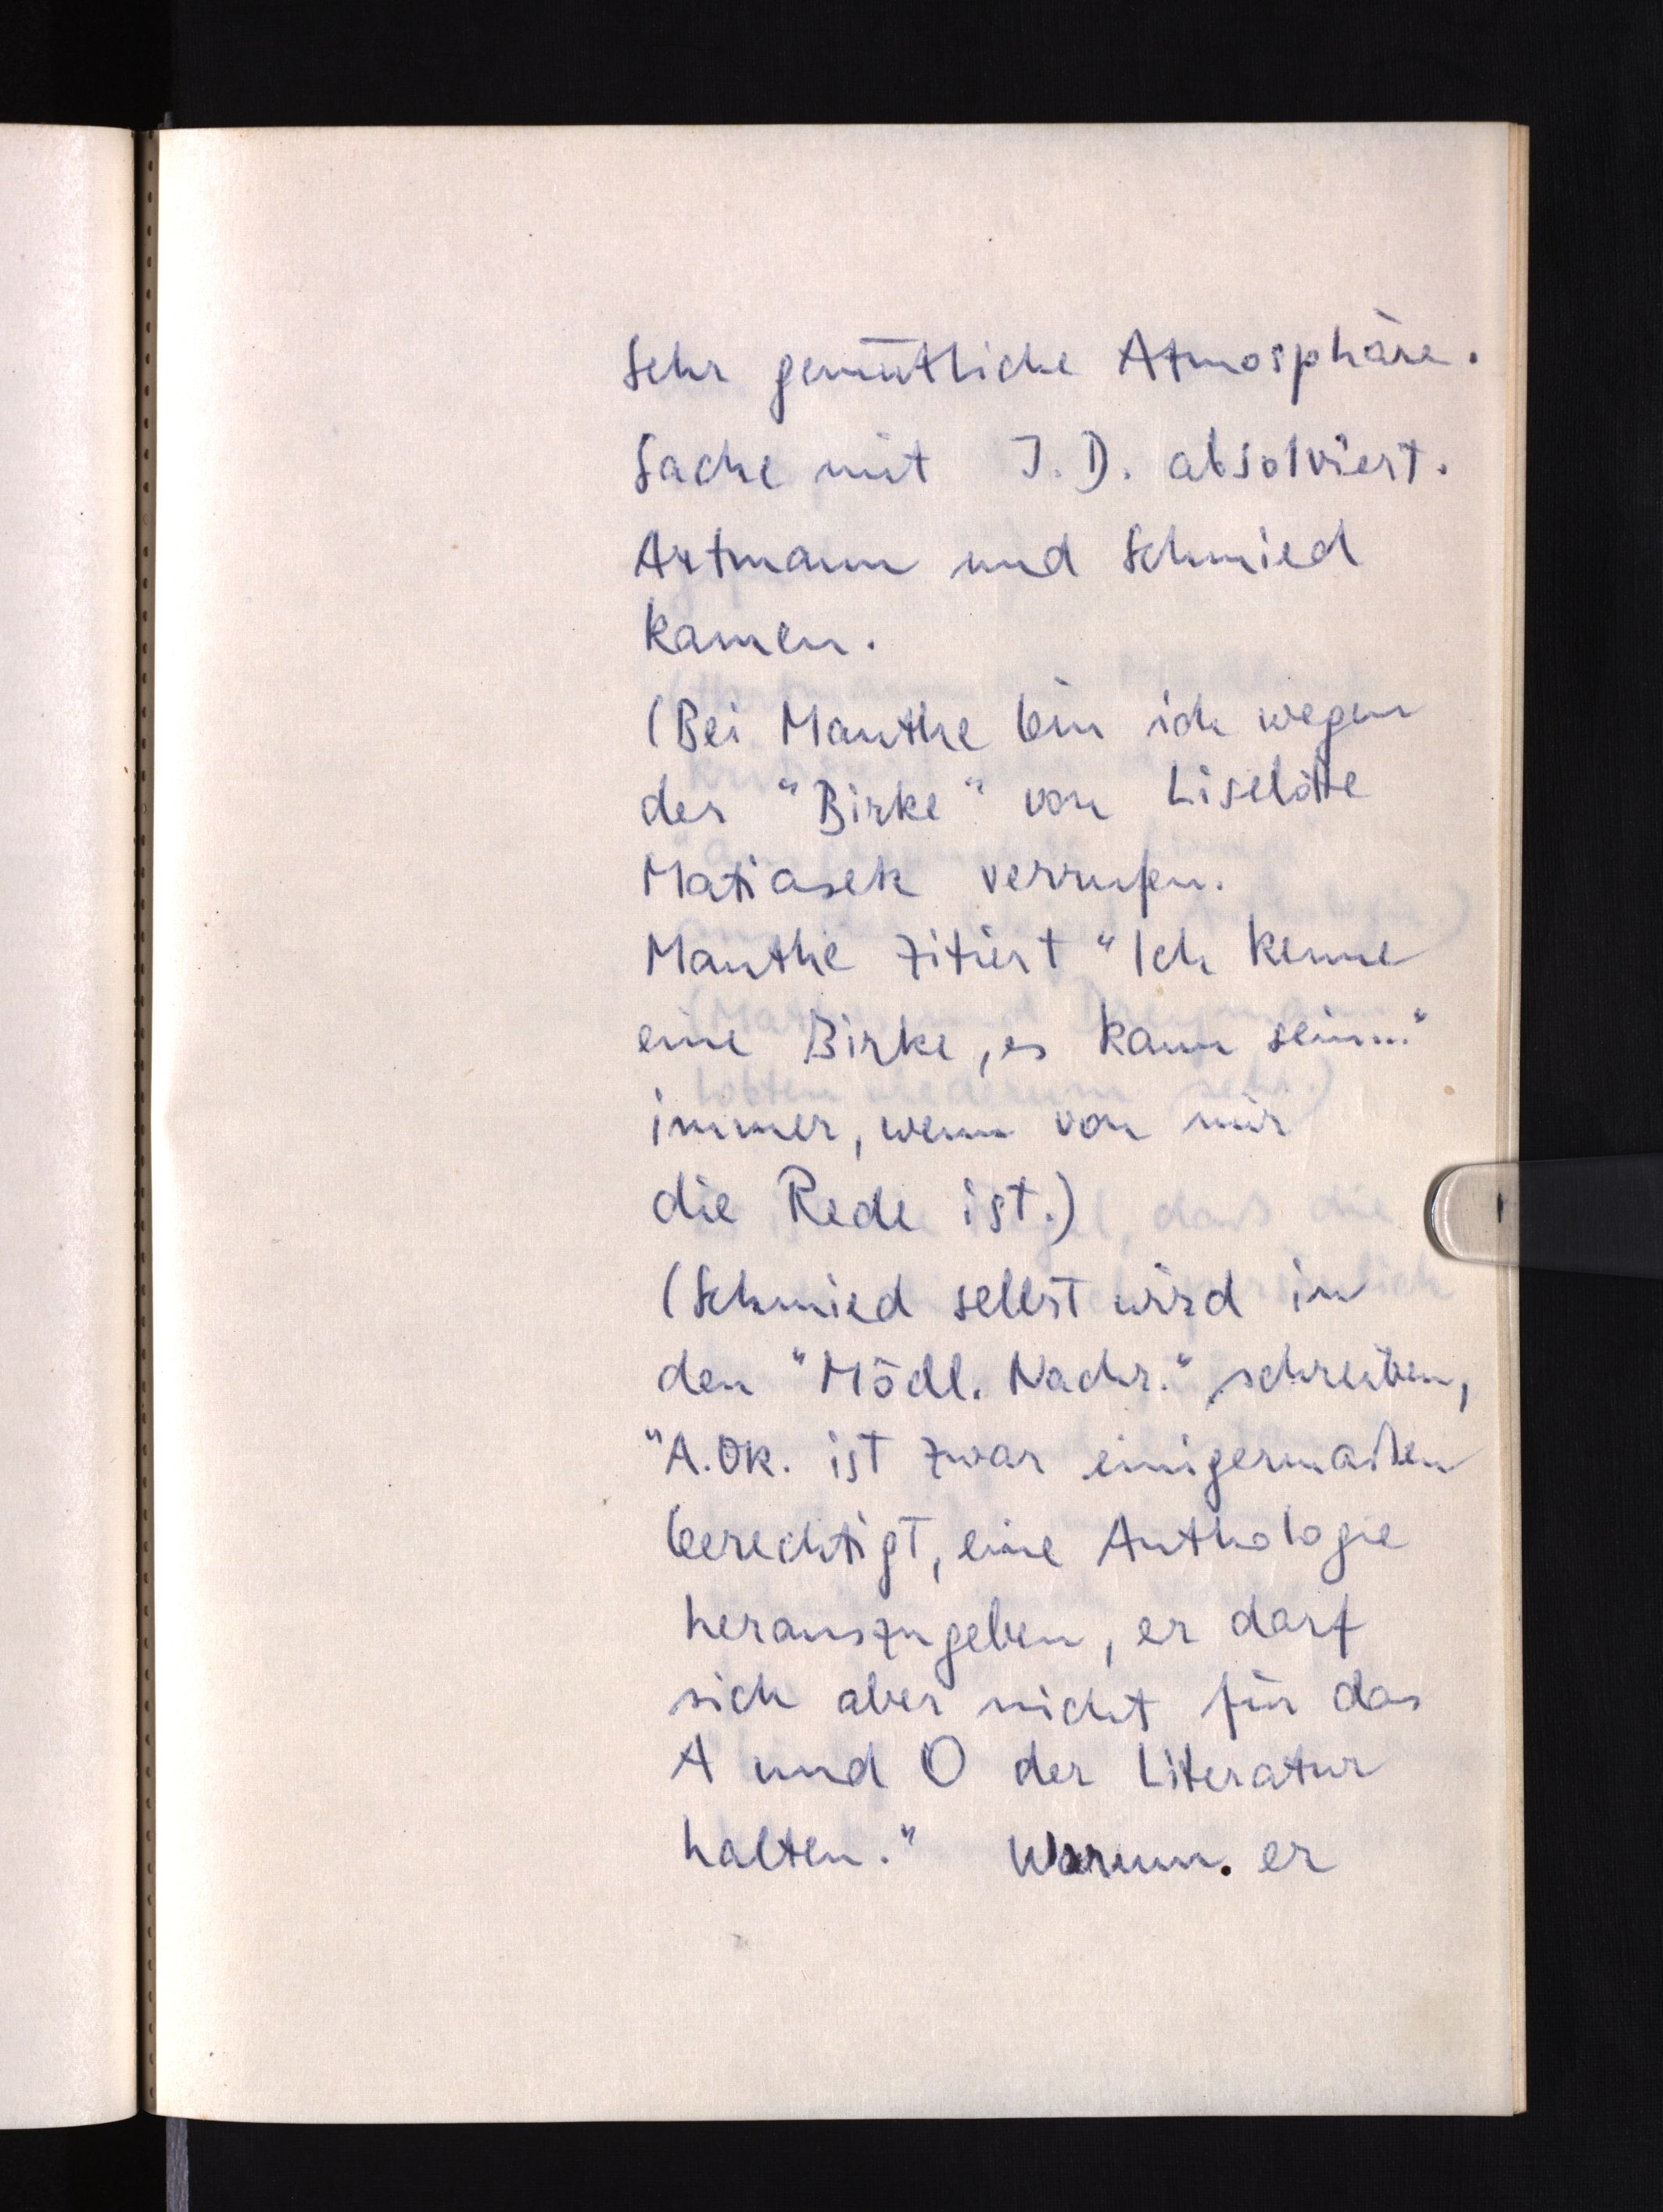
Sehr gemütliche Atmosphäre.
Sache mit J. D. absolviert.
Artmann und Schmied
kamen.
(Bei Mauthe bin ich wegen
der "Birke" von Liselotte
Matiasek verrufen.
Mauthe zitiert "Ich kenne
eine Birke, es kann sein ..."
immer, wenn von mir
die Rede ist.)
(Schmied selbst wird in
den "Mödl. Nachr." schreiben,
"A.Ok. ist zwar einigermaßen
berechtigt, eine Anthologie
herauszugeben, er darf
sich aber nicht für das
A und O der Literatur
halten." Warum er